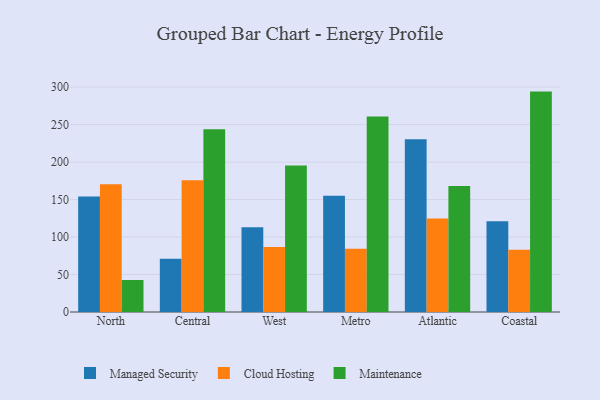
{"axis": {"x": "Region", "y": "Waste Production (Tons)"}, "legend": ["Cloud Hosting", "Maintenance", "Managed Security"], "data": [{"x": "North", "y": 154.1, "type": "Managed Security"}, {"x": "North", "y": 170.5, "type": "Cloud Hosting"}, {"x": "North", "y": 42.7, "type": "Maintenance"}, {"x": "Central", "y": 71.0, "type": "Managed Security"}, {"x": "Central", "y": 175.6, "type": "Cloud Hosting"}, {"x": "Central", "y": 243.7, "type": "Maintenance"}, {"x": "West", "y": 113.0, "type": "Managed Security"}, {"x": "West", "y": 86.6, "type": "Cloud Hosting"}, {"x": "West", "y": 195.5, "type": "Maintenance"}, {"x": "Metro", "y": 155.2, "type": "Managed Security"}, {"x": "Metro", "y": 84.3, "type": "Cloud Hosting"}, {"x": "Metro", "y": 260.8, "type": "Maintenance"}, {"x": "Atlantic", "y": 230.5, "type": "Managed Security"}, {"x": "Atlantic", "y": 124.6, "type": "Cloud Hosting"}, {"x": "Atlantic", "y": 168.0, "type": "Maintenance"}, {"x": "Coastal", "y": 121.1, "type": "Managed Security"}, {"x": "Coastal", "y": 82.9, "type": "Cloud Hosting"}, {"x": "Coastal", "y": 294.0, "type": "Maintenance"}]}